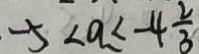
- 5 < a < - 4 \frac { 2 } { 3 }